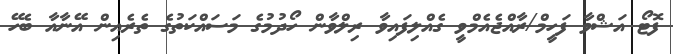
ފޮޓޯ އަޝްވާ ފަހީމް/ރާއްޖެއެމްވީ ގެއްލިފައިވާ ރިލްވާން ހޯދުމުގެ މަސައްކަތުގެ ތެރެއިން އޭނާއާ ބެހޭ